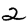
Digit: 2